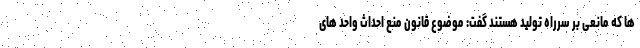
ها که مانعی بر سرراه تولید هستند گفت: موضوع قانون منع احداث واحد های